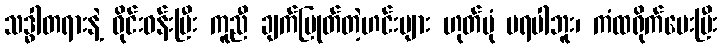
သဒ္ဓါတရားနဲ့ ဝိုင်းဝန်းပြီး ကူညီ ချက်ပြုတ်တဲ့ဟင်းများ ဟုတ်ပုံ မရပါဘူး၊ ကံထရိုက်ပေးပြီး